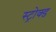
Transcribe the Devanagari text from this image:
स्ट्रोक्ड